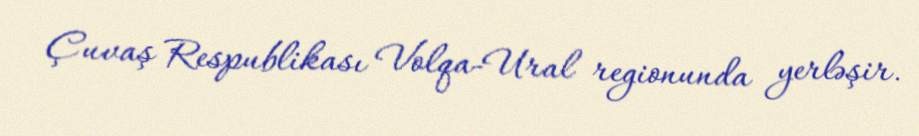
Çuvaş Respublikası Volqa-Ural regionunda yerləşir.